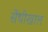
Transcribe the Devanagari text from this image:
सेंधीखाल